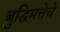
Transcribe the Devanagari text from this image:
बुद्घिमत्तेचे